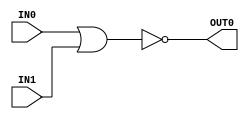
module nor_gate#( parameter WIDTH = 1 )(    input [WIDTH-1:0] IN0,
                                            input [WIDTH-1:0] IN1,
                                            output [WIDTH-1:0] OUT0 );

    assign OUT0 = ~( IN0 | IN1 );

endmodule